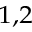
^ { 1 , 2 }